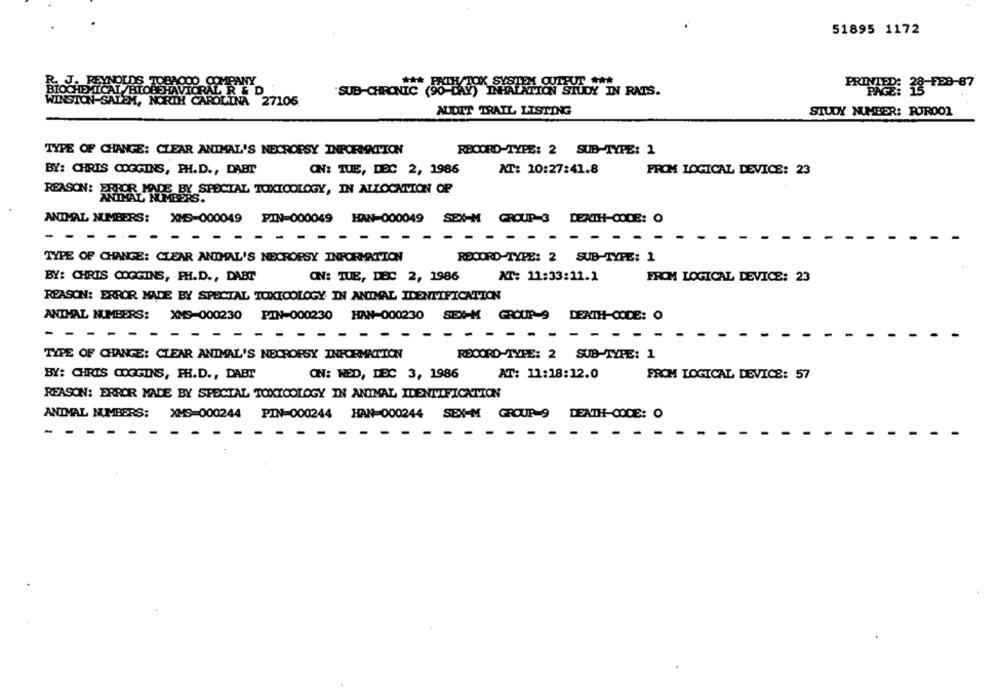
51895 1172
YNOLDS TOBAOOO COMPANY
CAL /BIOBEHAVIORAL R & D
PRIVADO: 13-199-07
"SUB-CHRONIC (90-DAY) INHALATION STUDY IN RATS.
SALEM, NORTH CAROLINA 27105
AUDIT TRAIL LISTING
STUDY NUMBER: RUROO1
TYPE OF CHANGE: CLEAR ANIMAL'S NECROPSY INFORMATION
RECORD-TYPE: 2 SUB-TYPE: 1
BY: CHRIS COGGINS, PH.D ., DABT
ON: TUE, DEC 2, 1986
AT: 10:27:41.8
FROM LOGICAL DEVICE: 23
REASON: ERROR MADE BY SPECIAL TOXICOLOGY, IN ALLOCATION OF
HIMAL NUMBERS.
ANIMAL NUMBERS: XMS-000049 PIN-000049 HAN-000049 SEX-M GROUP 3 DEATH-CODE: O
- - - --
TYPE OF CHANGE: CLEAR ANIMAL'S NECROPSY INFORMATION
RECORD-TYPE: 2 SUB-TYPE: 1
NT: 11:33:11.1
BY: CHRIS COGGINS, PH.D ., DABT
ON: TUE, DEC 2, 1986
FROM LOGICAL DEVICE: 23
REASON: ERROR MADE BY SPECIAL TOXICOLOGY IN ANIMAL IDENTIFICATION
ANIMAL NUMBERS: XMS-000230 PIN-000230 HAN-000230 SEX-M GROUP 9 DEATH-CODE: O
- --
- -- -
- - - -
-
- -
-.
- - - - - - - -
TYPE OF CHANGE: CLEAR ANIMAL'S NECROPSY INFORMATION
RECORD-TYPE: 2 SUB-TYPE: 1
BY: CHRIS COGGINS, PH.D ., DABT
ON: WED, DEC 3, 1986
AT: 11:18:12.0
FROM LOGICAL DEVICE: 57
REASON: ERROR MADE BY SPECIAL TOXICOLOGY IN ANIMAL IDENTIFICATION
ANIMAL NUMBERS:
XMS=000244 PIN-000244 HAN-000244 SEX-M GROUP 9 DEATH-CODE: O